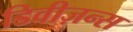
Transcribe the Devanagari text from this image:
डिवीज़न्स